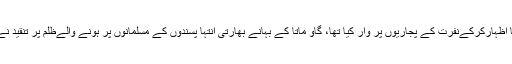
اوم پوری نے بھارت میں پاکستان سے محبت کا اظہارکرکےنفرت کے پجاریوں پر وار کیا تھا، گاو ماتا کے بہانے بھارتی انتہا پسندوں کے مسلمانوں پر ہونے والےظلم پر تنقید نےانہیں انتہا پسندوں کی آنکھوں کا کانٹا بنادیا تھا۔